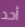
أحد